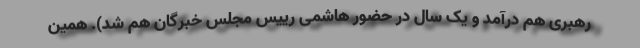
رهبری هم درآمد و یک سال در حضور هاشمی رییس مجلس خبرگان هم شد). همین